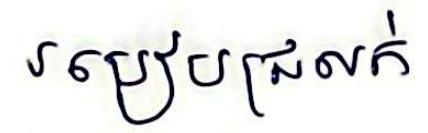
របៀបជ្រលក់